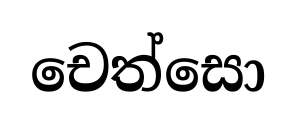
චෙත්සො